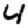
Digit: 4